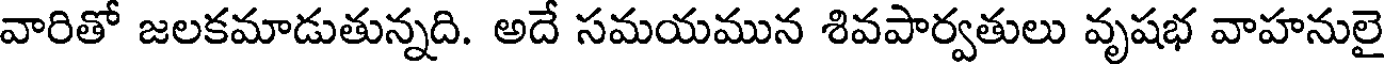
వారితో జలకమాడుతున్నది. అదే సమయమున శివపార్వతులు వృషభ వాహనులై